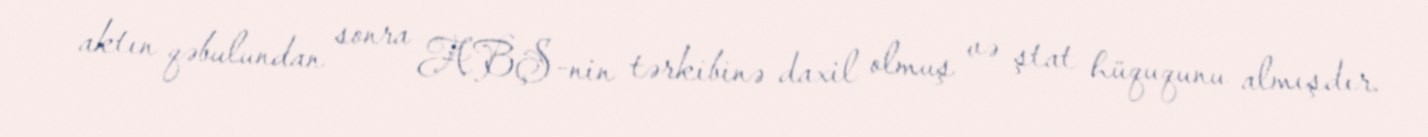
aktın qəbulundan sonra ABŞ-nin tərkibinə daxil olmuş və ştat hüququnu almışdır.